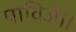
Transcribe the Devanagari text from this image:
पाविजे॥